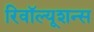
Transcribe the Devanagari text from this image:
रिवॉल्यूशन्स